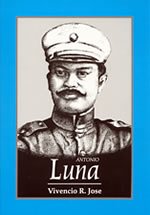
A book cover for Great Lives: Antonio Luna - Philippine Book; Vivencio R. Jose; History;